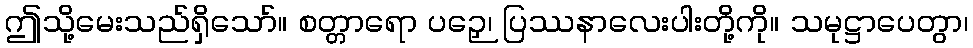
ဤသို့မေးသည်ရှိသော်။ စတ္တာရော ပဉှေ၊ ပြဿနာလေးပါးတို့ကို။ သမုဋ္ဌာပေတွာ၊